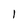
Character: 1